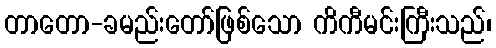
တာတော-ခမည်းတော်ဖြစ်သော ကိကီမင်းကြီးသည်၊